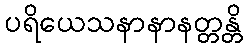
ပရိယေသနာနာနတ္တန္တိ